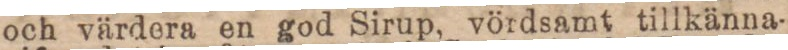
och värdera en god Sirup, vördsamt tillkänna-